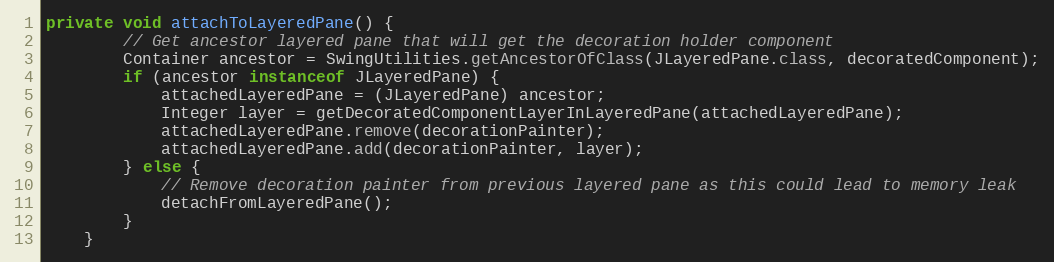
Language: Java
private void attachToLayeredPane() {
        // Get ancestor layered pane that will get the decoration holder component
        Container ancestor = SwingUtilities.getAncestorOfClass(JLayeredPane.class, decoratedComponent);
        if (ancestor instanceof JLayeredPane) {
            attachedLayeredPane = (JLayeredPane) ancestor;
            Integer layer = getDecoratedComponentLayerInLayeredPane(attachedLayeredPane);
            attachedLayeredPane.remove(decorationPainter);
            attachedLayeredPane.add(decorationPainter, layer);
        } else {
            // Remove decoration painter from previous layered pane as this could lead to memory leak
            detachFromLayeredPane();
        }
    }